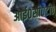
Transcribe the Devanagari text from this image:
आई०सी०टी०